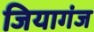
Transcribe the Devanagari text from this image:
जियागंज